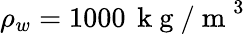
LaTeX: \rho_{w}=1000\, \mathrm{~k~g~/~m~}^{3}